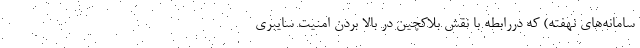
سامانه‌های نهفته) که دررابطه با نقش بلاکچین در بالا بردن امنیت سایبری